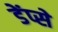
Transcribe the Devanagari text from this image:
डेंप्से